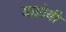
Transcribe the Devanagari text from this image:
याग्नोबी